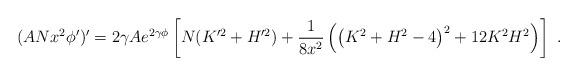
LaTeX: \begin{align*}(AN x^2 \phi')' = 2 \gamma A e^{2 \gamma \phi }\left[ N (K'^2 +H'^2) + \frac{1}{8 x^2} \left( \left(K^2+H^2-4 \right)^2 +12 K^2 H^2 \right)\right]\ . \end{align*}